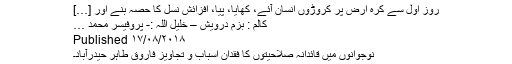
روز اول سے کرہ ارض پر کروڑوں انسان آئے، کھایا، پیا، افزائش نسل کا حصہ بنے اور […]
کالم : بزمِ درویش – خلیل اللہ :- پروفیسر محمد …
Published ۱۷/۰۸/۲۰۱۸
نوجوانوں میں قائدانہ صلاحیتوں کا فقدان اسباب و تجاویز فاروق طاہر حیدرآباد۔